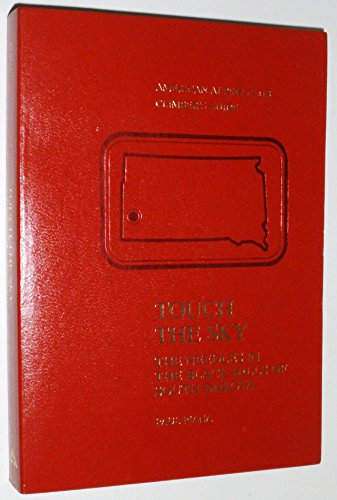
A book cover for Touch the Sky: The Needles in the Black Hills of South Dakota (American Alpine Club climber's guide); Paul Piana; Travel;